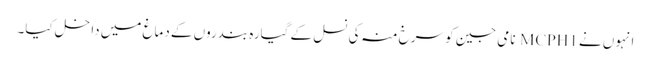
انہوں نے MCPH1 نامی جین کو سرخ منہ کی نسل کے گیارہ بندروں کے دماغ میں داخل کیا۔